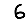
Digit: 6